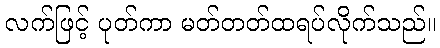
လက်ဖြင့် ပုတ်ကာ မတ်တတ်ထရပ်လိုက်သည်။